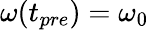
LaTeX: \omega(t_{pre})=\omega_{0}